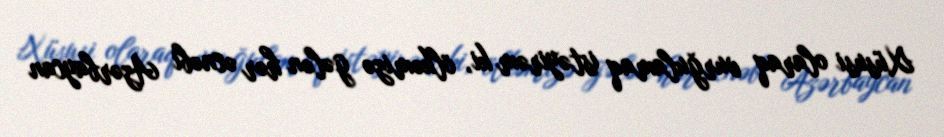
Xüsusi olaraq vurğulamaq istəyirəm ki, ölkəmizə gələn hər əcnəbi Azərbaycan